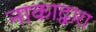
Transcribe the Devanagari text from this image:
नाकाद्वारा